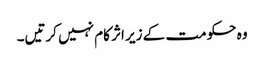
وہ حکومت کے زیر اثر کام نہیں کرتیں۔